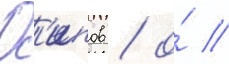
Ос'ипов / о́ //